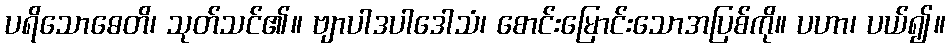
ပရိသောဓေတိ၊ သုတ်သင်၏။ ဗျာပါဒပါဒေါသံ၊ စောင်းမြောင်းသောအပြစ်ကို။ ပဟာ၊ ပယ်၍။